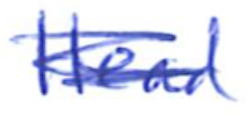
Text: Head
Cross-out: scratch
Writing tool: ballpoint